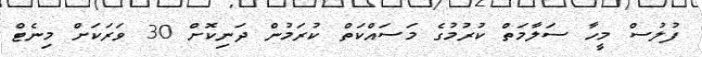
ފުލުސް މީހާ ސަލާމަތް ކުރުމުގެ މަސައްކަތް ކުރަމުން ދަނިކޮށް 30 ވަރަކަށް މިނެޓް